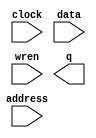
module levels_ram (
	address,
	clock,
	data,
	wren,
	q);

	input	[11:0]  address;
	input	  clock;
	input	[8:0]  data;
	input	  wren;
	output	[8:0]  q;
`ifndef ALTERA_RESERVED_QIS
// synopsys translate_off
`endif
	tri1	  clock;
`ifndef ALTERA_RESERVED_QIS
// synopsys translate_on
`endif

endmodule